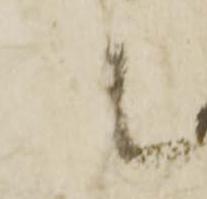
殿